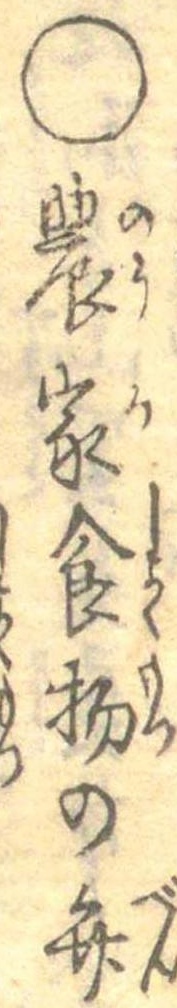
○農家食物の弁